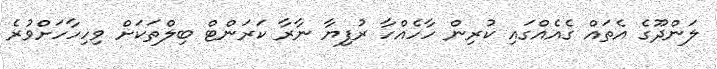
ލަންދޫގެ އެތައް ގެއެއްގައި ކުރިން ހާހެއްހާ ރުފިޔާ ނާރާ ކަރަންޓް ބިލްތަކަށް ވިހިހާހަށްވުރެ